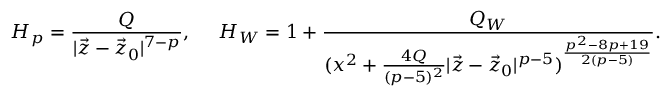
H _ { p } = { \frac { Q } { | \vec { z } - \vec { z } _ { 0 } | ^ { 7 - p } } } , \ \ \ \ H _ { W } = 1 + { \frac { Q _ { W } } { ( x ^ { 2 } + { \frac { 4 Q } { ( p - 5 ) ^ { 2 } } } | \vec { z } - \vec { z } _ { 0 } | ^ { p - 5 } ) ^ { \frac { p ^ { 2 } - 8 p + 1 9 } { 2 ( p - 5 ) } } } } .